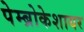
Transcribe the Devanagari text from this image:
पेम्ब्रोकेशायर